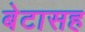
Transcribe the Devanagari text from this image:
बेटासह